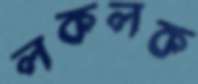
লকলক